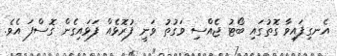
އެނގިފައިވާ ގޮތުގައި ބޯޓު ޖެއްސި ވަގުތު ވަނީ ފުރޮޅެއް ފަޅައިގެން ގޮސްފަ އެވެ.